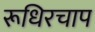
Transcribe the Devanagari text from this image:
रूधिरचाप